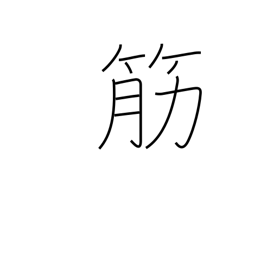
Meaning: descent